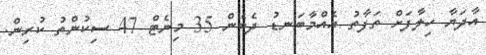
އާދަޔާ ހިލާފަށް ތަފާތު އެއްމާބަނޑު ދެބެން 35 މިނެޓް 47 ސިކުންތު ކުރިން.